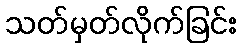
သတ်မှတ်လိုက်ခြင်း